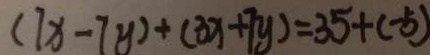
( 7 x - 7 y ) + ( 3 x + 7 y ) = 3 5 + ( - 5 )